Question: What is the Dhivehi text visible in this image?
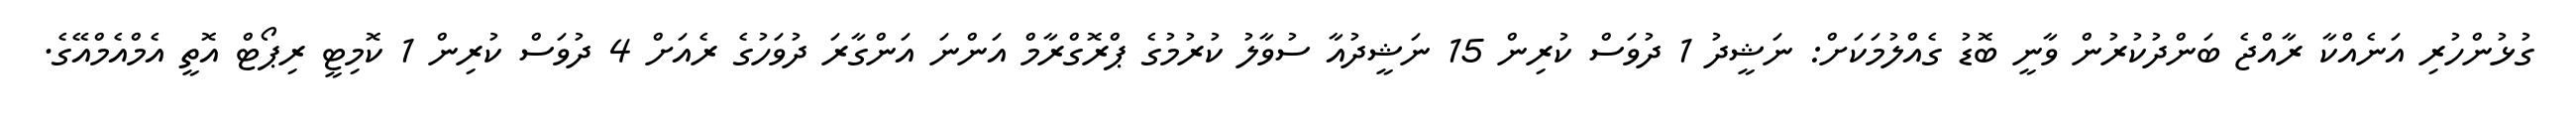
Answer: ގުޅުންހުރި އަނެއްކާ ރާއްޖެ ބަންދުކުރުން ވާނީ ބޮޑު ގެއްލުމަކަށް: ނަޝީދު 1 ދުވަސް ކުރިން 15 ނަޝީދުއާ ސުވާލު ކުރުމުގެ ޕްރޮގްރާމް އަންނަ އަންގާރަ ދުވަހުގެ ރެއަށް 4 ދުވަސް ކުރިން 1 ކޮމިޓީ ރިޕޯޓް އޮތީ އެމްއެމްއޭގެ.